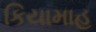
કિયામાહ